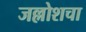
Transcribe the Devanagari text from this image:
जल्लोशचा